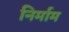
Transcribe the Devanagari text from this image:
निर्माम